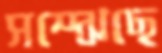
সম্‌ঝেছে